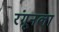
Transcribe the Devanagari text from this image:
रंगूनला